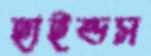
হাইন্ডস